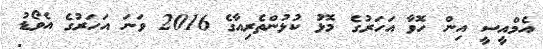
އެމްއީސީ އިން ހޮވާ އަހަރުގެ މޮޅު ކުޅުންތެރިއާގެ 2016 ވަނަ އަހަރުގެ އެވޯޑު